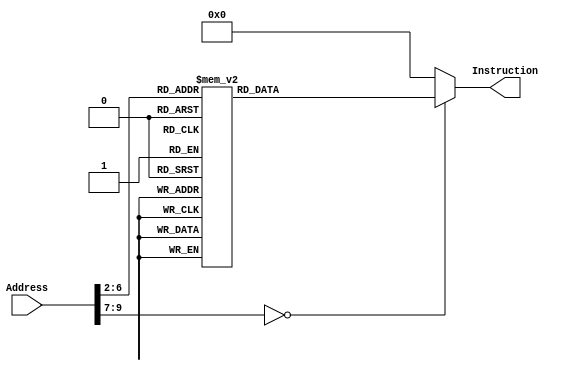
`timescale 1ns / 1ps
module InstructionMemory(Address, Instruction);
	input [31:0] Address;
	output reg [31:0] Instruction;
	
	always @(*)
		// first 2 bits are 00
		case (Address[9:2])
        8'd0: Instruction <= 32'h00102021;
        8'd1: Instruction <= 32'h00113021;
        8'd2: Instruction <= {6'h3,26'd8};// jump and link 
        // show up
        8'd3: Instruction <= {6'h3F,5'd0,5'd2,5'd0,5'd0,6'h0};
        //      esw2 $v0[11:8] $digi
        8'd4: Instruction <= {6'h3F,5'd0,5'd2,5'd0,5'd0,6'h1};
        //      esw3 $v0[7:4] $digi
        8'd5: Instruction <= {6'h3F,5'd0,5'd2,5'd0,5'd0,6'h2};
        //      esw4 $v0[3:0] $digi
        8'd6: Instruction <= {6'h3F,5'd0,5'd2,5'd0,5'd0,6'h3};
        //     beq $zero,$zero,Loop # always loop
        8'd7: Instruction <= {6'h04, 5'd0, 5'd0, 16'hFFFB};
        // brute force
        8'd8: Instruction <= 32'h24080000;
        8'd9: Instruction <= 32'h24090000;
        8'd10: Instruction <= 32'h02117022;
        // outer loop
        8'd11: Instruction <= 32'h01C9582A;
        8'd12: Instruction <= {6'h05,5'd11,5'd0,16'd15}; // bnez outerloop break
        8'd13: Instruction <= 32'h240a0000;
        // inner loop
        8'd14: Instruction <= 32'h0151582A;
        8'd15: Instruction <= {16'h1160,16'd8}; // beqz inner_loop_break
        8'd16: Instruction <= 32'h012A5820;
        8'd17: Instruction <= 32'h00AB9020;
        8'd18: Instruction <= 32'h00EA9820;
        // load byte
        8'd19: Instruction <= 32'h824C0000;
        8'd20: Instruction <= 32'h826D0000;
        8'd21: Instruction <= {16'h158D,16'd2}; // bne innerloopbreak
        8'd22: Instruction <= 32'h214A0001;
        8'd23: Instruction <= {6'h2,26'd14};
        // inner loop break
        8'd24: Instruction <= {16'h1551,16'd1}; // bne not if
        8'd25: Instruction <= 32'h21080001;
        // not if
        8'd26: Instruction <= 32'h21290001;
        8'd27: Instruction <= {6'h2,26'd11};
        // outer loop break
        8'd28: Instruction <= 32'h00081021;
        8'd29: Instruction <= 32'h03e00008;
		default: Instruction <= 32'h00000000;
		endcase
		
endmodule